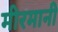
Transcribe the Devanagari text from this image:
मीरमानी